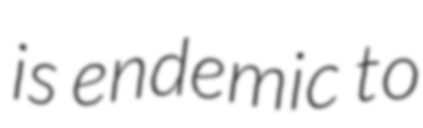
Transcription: is endemic to